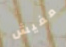
مفيش